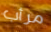
مرأب